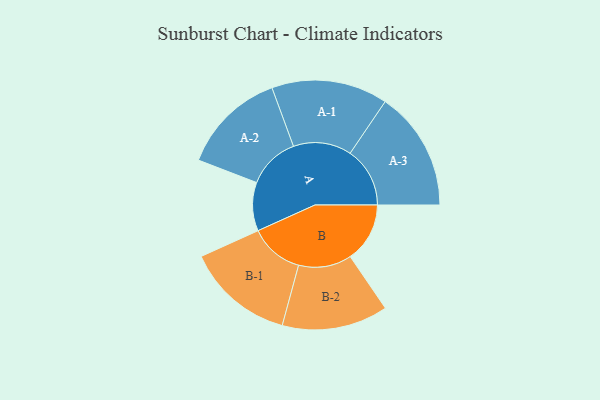
{"axis": {"x": "Segment", "y": "Value"}, "legend": ["", "A", "B"], "data": [{"x": "A", "y": 237, "type": ""}, {"x": "B", "y": 291, "type": ""}, {"x": "A-1", "y": 284, "type": "A"}, {"x": "A-2", "y": 255, "type": "A"}, {"x": "A-3", "y": 292, "type": "A"}, {"x": "B-1", "y": 264, "type": "B"}, {"x": "B-2", "y": 259, "type": "B"}]}